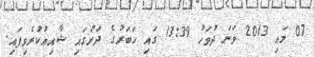
07 މައި 2013 ވަނަ ދުވަހު 13:39 ގައި ޚަބަރުގެ ދަށުގައި ޝާއިޢުކުރެވިފައި.